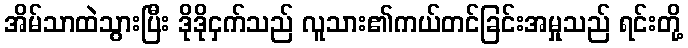
အိမ်သာထဲသွားပြီး ဒိုဒိုငှက်သည် လူသား၏ကယ်တင်ခြင်းအမှုသည် ရင်းတို့